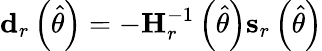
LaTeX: \mathbf{d}_{r}\left({\widehat{\theta}}\right)=-\mathbf{H}_{r}^{-1}\left({\widehat{\theta}}\right)\mathbf{s}_{r}\left({\widehat{\theta}}\right)